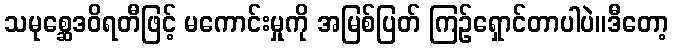
သမုစ္ဆေဒဝိရတီဖြင့် မကောင်းမှုကို အမြစ်ပြတ် ကြဉ်ရှောင်တာပါပဲ။ဒီတော့